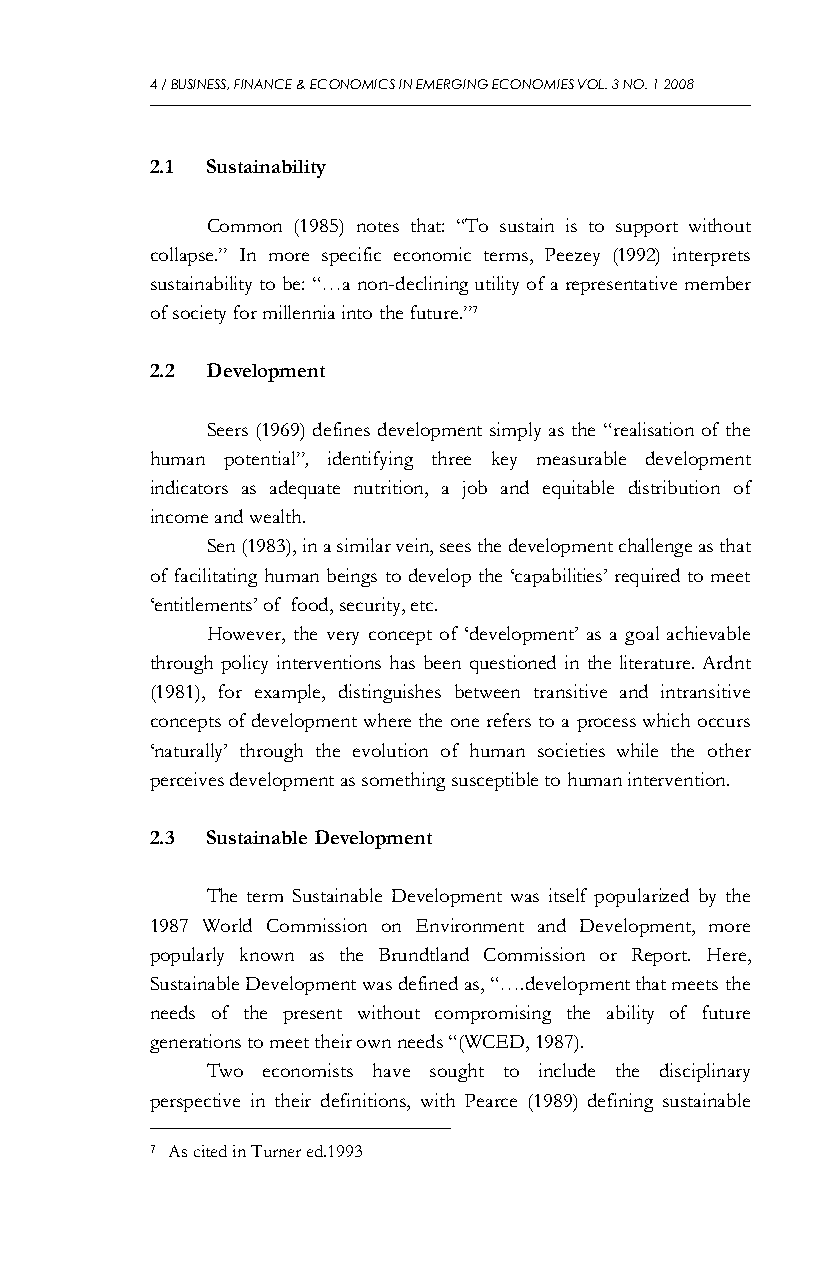
4 / BUSINESS, FINANCE & ECONOMICS IN EMERGING ECONOMIES VOL. 3 NO. 1 2008
 2.1 Sustainability
 Common (1985) notes that: “To sustain is to support without
 collapse.” In more specific economic terms, Peezey (1992) interprets
 sustainability to be: “…a non-declining utility of a representative member
 of society for millennia into the future.”7
 2.2 Development
 Seers (1969) defines development simply as the “realisation of the
 human potential”, identifying three key measurable development
 indicators as adequate nutrition, a job and equitable distribution of
 income and wealth.
 Sen (1983), in a similar vein, sees the development challenge as that
 of facilitating human beings to develop the ‘capabilities’ required to meet
 ‘entitlements’ of food, security, etc.
 However, the very concept of ‘development’ as a goal achievable
 through policy interventions has been questioned in the literature. Ardnt
 (1981), for example, distinguishes between transitive and intransitive
 concepts of development where the one refers to a process which occurs
 ‘naturally’ through the evolution of human societies while the other
 perceives development as something susceptible to human intervention.
 2.3 Sustainable Development
 The term Sustainable Development was itself popularized by the
 1987 World Commission on Environment and Development, more
 popularly known as the Brundtland Commission or Report. Here,
 Sustainable Development was defined as, “….development that meets the
 needs of the present without compromising the ability of future
 generations to meet their own needs “(WCED, 1987).
 Two economists have sought to include the disciplinary
 perspective in their definitions, with Pearce (1989) defining sustainable
 7 As cited in Turner ed.1993